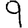
Digit: 9